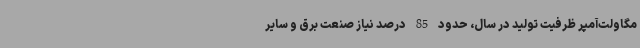
مگاولت‌آمپر ظرفیت تولید در سال، حدود 85 درصد نیاز صنعت برق و سایر